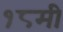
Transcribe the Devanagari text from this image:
१८मी